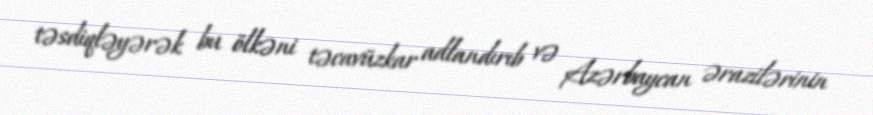
təsdiqləyərək bu ölkəni təcavüzkar adlandırıb və Azərbaycan ərazilərinin